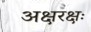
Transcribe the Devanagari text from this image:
अक्षरक्षः